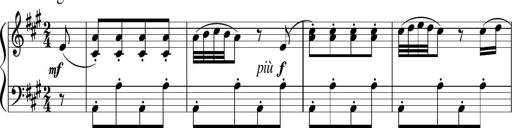
Title: 12 Keyboard Sonatinas
Composer: James Hook